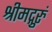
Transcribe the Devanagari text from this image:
श्रीमद्गुरुं